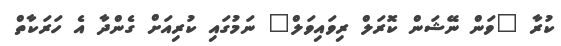
ކުރާ "ވަން ނޭޝަން ކޮރަލް ރިވައިވަލް" ނަމުގައި ކުރިއަށް ގެންދާ އެ ހަރަކާތް